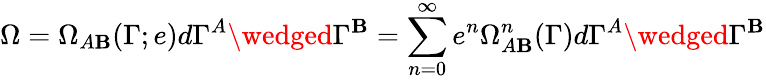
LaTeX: \Omega=\Omega_{A\mathbf{B}}(\Gamma;e)d\Gamma^{A}\wedged\Gamma^{\mathbf{B}}=\sum_{n=0}^{\infty}e^{n}\Omega_{A\mathbf{B}}^{n}(\Gamma)d\Gamma^{A}\wedged\Gamma^{\mathbf{B}}